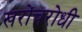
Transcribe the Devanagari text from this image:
खरोंचरोधी